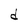
Character: d